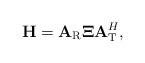
LaTeX: \begin{align*} {\bf{H}} = {{\bf{A}}_{\rm{R}}}{\bf{\Xi A}}_{\rm{T}}^H,\end{align*}